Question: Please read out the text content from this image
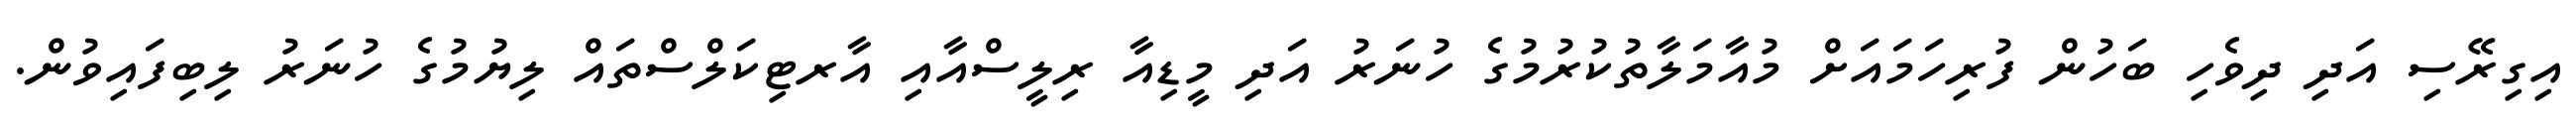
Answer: އިގިރޭސި އަދި ދިވެހި ބަހުން ފުރިހަމައަށް މުއާމަލާތުކުރުމުގެ ހުނަރު އަދި މީޑިއާ ރިލީސްއާއި އާރޓިކަލްސްތައް ލިޔުމުގެ ހުނަރު ލިބިފައިވުން.